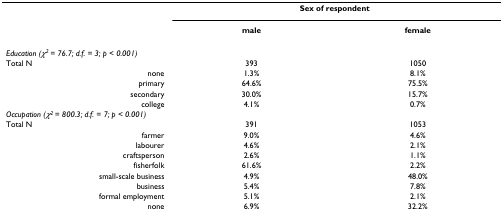
|  | <COLSPAN=2> Sex of respondent |
 |  | male | female |
 | --- | --- | --- |
 | <COLSPAN=3> Education (χ2 = 76.7; d.f. = 3; p < 0.001) |
 | Total N | 393 | 1050 |
 | none | 1.3% | 8.1% |
 | primary | 64.6% | 75.5% |
 | secondary | 30.0% | 15.7% |
 | college | 4.1% | 0.7% |
 | <COLSPAN=3> Occupation (χ2 = 800.3; d.f. = 7; p < 0.001) |
 | Total N | 391 | 1053 |
 | farmer | 9.0% | 4.6% |
 | labourer | 4.6% | 2.1% |
 | craftsperson | 2.6% | 1.1% |
 | fisherfolk | 61.6% | 2.2% |
 | small-scale business | 4.9% | 48.0% |
 | business | 5.4% | 7.8% |
 | formal employment | 5.1% | 2.1% |
 | none | 6.9% | 32.2% |